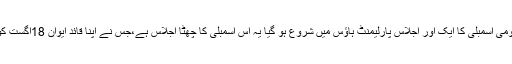
دوسری طرف قومی اسمبلی کا ایک اور اجلاس پارلیمنٹ ہاؤس میں شروع ہو گیا یہ اس اسمبلی کا چھٹا اجلاس ہے،جس نے اپنا قائد ایوان 18اگست کو منتخب کیا تھا۔